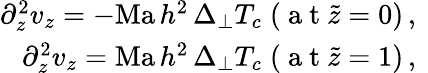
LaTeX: \begin{array}{r}{\partial_{z}^{2}v_{z}=-{\mathrm{Ma}\, h^{2}}\, \Delta_{\perp}T_{c}\; (\mathrm{~a~t~}\tilde{z}=0)\, ,\ }\\ {\partial_{z}^{2}v_{z}={\mathrm{Ma}\, h^{2}}\, \Delta_{\perp}T_{c}\; (\mathrm{~a~t~}\tilde{z}=1)\, ,\ }\end{array}